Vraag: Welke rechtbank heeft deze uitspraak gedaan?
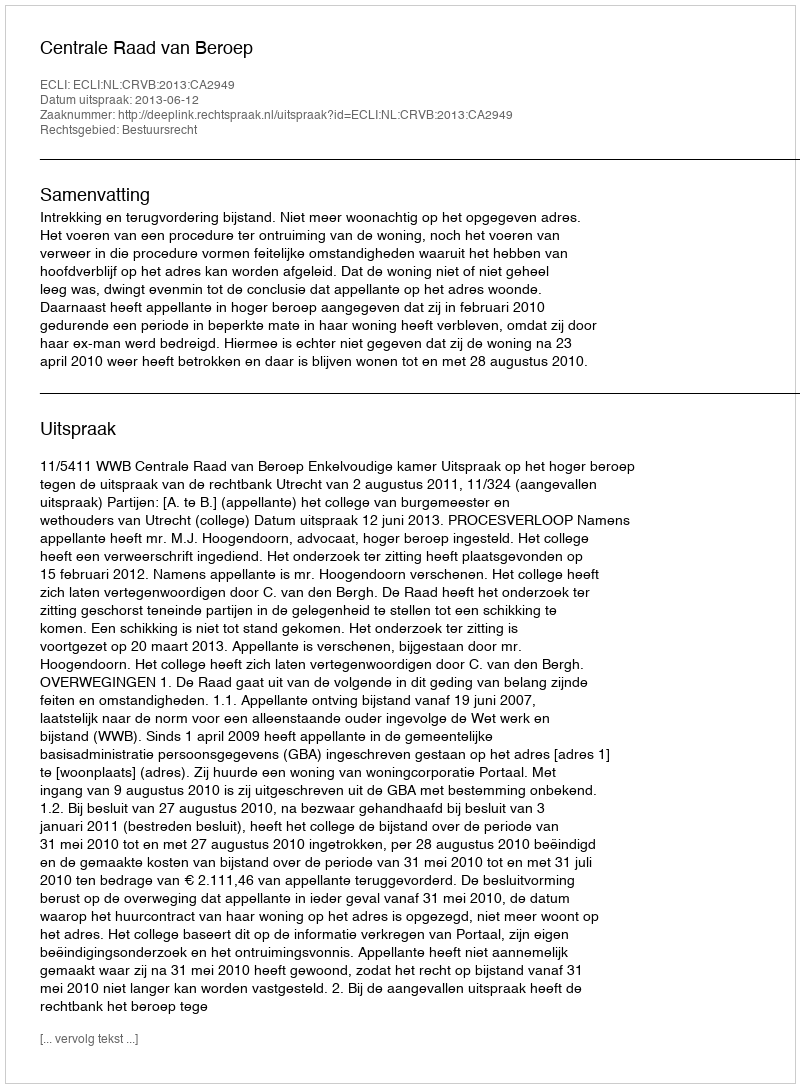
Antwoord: Centrale Raad van Beroep